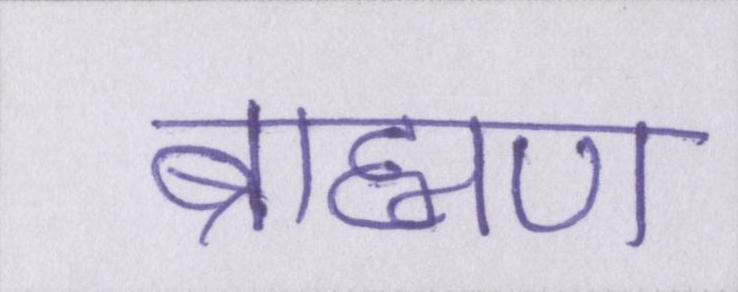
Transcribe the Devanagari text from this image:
ब्राह्मण